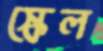
স্কেল